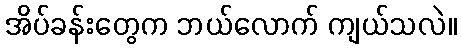
အိပ်ခန်းတွေက ဘယ်လောက် ကျယ်သလဲ။